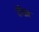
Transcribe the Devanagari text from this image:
रेरिख़